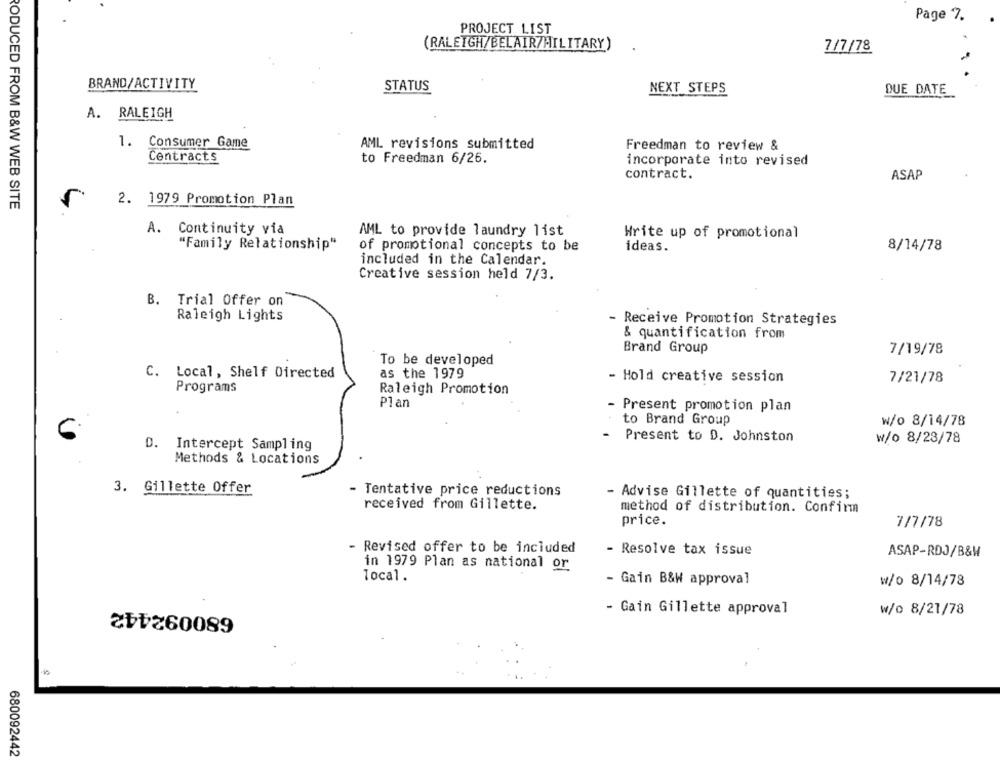
Page 7.
PROJECT LIST
(RALEIGH/BELAIR/MILITARY)
7/7/78
BRAND/ACTIVITY
STATUS
NEXT STEPS
DUE DATE
A. RALEIGH
1. Consumer Game
AML revisions submitted
Freedman to review &
Contracts
to Freedman 6/26.
incorporate into revised
contract.
ASAP
2. 1979 Promotion Plan
PODUCED FROM B&W WEB SITE
Continuity via
AML to provide laundry list
Write up of promotional
"Family Relationship"
of promotional concepts to be
ideas.
8/14/78
included in the Calendar.
Creative session held 7/3.
B.
Trial Offer on
Raleigh Lights
- Receive Promotion Strategies
& quantification from
Brand Group
7/19/78
To be developed
as the 1979
C. Local, Shelf Directed
- Hold creative session
7/21/78
Programs
Raleigh Promotion
Plan
- Present promotion plan
to Brand Group
w/o 8/14/78
-
Present to D. Johnston
w/o 8/28/78
D. Intercept Sampling
Methods & Locations
3. Gillette Offer
- Tentative price reductions
- Advise Gillette of quantities;
received from Gillette.
method of distribution. Confirm
price.
7/7/78
- Revised offer to be included
- Resolve tax issue
ASAP-RDJ/B&W
in 1979 Plan as national or
Tocal.
- Gain B&W approval
w/o 8/14/78
680092442
- Gain Gillette approval
w/o 8/21/78
680092442